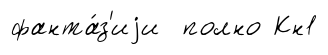
фанта́з'иjи полно Кн1